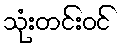
သုံးတင်းဝင်